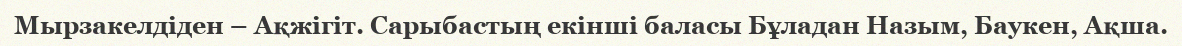
Мырзакелдіден – Ақжігіт. Сарыбастың екінші баласы Бұладан Назым, Баукен, Ақша.